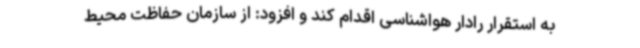
به استقرار رادار هواشناسی اقدام کند و افزود: از سازمان حفاظت محیط